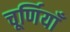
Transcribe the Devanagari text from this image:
चूर्णियाँ